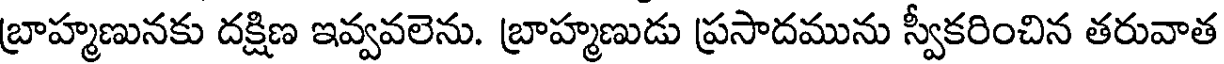
బ్రాహ్మణునకు దక్షిణ ఇవ్వవలెను. బ్రాహ్మణుడు ప్రసాదమును స్వీకరించిన తరువాత